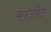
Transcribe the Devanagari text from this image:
काउपेट